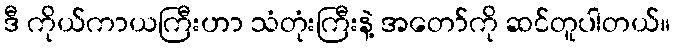
ဒီ ကိုယ်ကာယကြီးဟာ သံတုံးကြီးနဲ့ အတော်ကို ဆင်တူပါတယ်။